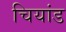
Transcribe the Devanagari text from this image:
चियांड